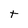
Character: t